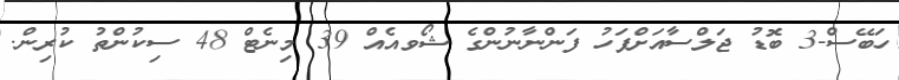
ހަބޭސް-3 ބޮޑު ޖަލްސާއަށްފަހު ފަންނާނުންގެ ޝޯވއެއް 39 މިނެޓް 48 ސިކުންތު ކުރިން.